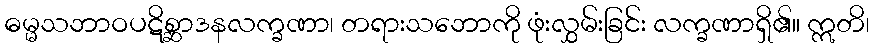
ဓမ္မသဘာဝပဋိစ္ဆာဒနလက္ခဏာ၊ တရားသဘောကို ဖုံးလွှမ်းခြင်း လက္ခဏာရှိ၏။ ဣတိ၊